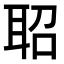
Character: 𬚖